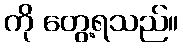
ကို တွေ့ရသည်။